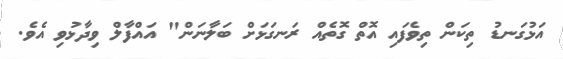
އަޅުގަނޑު ތިކަން ތިވެފައި އޮތް ގޮތެއް ރަނގަޅަށް ބަލާނަން" އައްފާލް ވިދާޅުވި އެވެ.